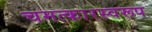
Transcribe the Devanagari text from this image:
चमत्‍कारस्‍वरूप